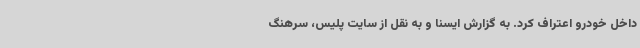
داخل خودرو اعتراف کرد. به گزارش ایسنا و به نقل از سایت پلیس، سرهنگ